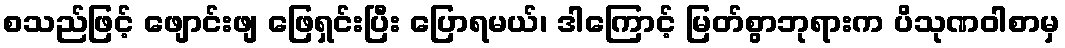
စသည်ဖြင့် ဖျောင်းဖျ ဖြေရှင်းပြီး ပြောရမယ်၊ ဒါကြောင့် မြတ်စွာဘုရားက ပိသုဏဝါစာမှ